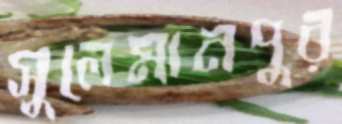
সুলেমানপুর